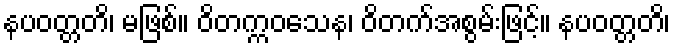
နပဝတ္တတိ၊ မဖြစ်။ ဝိတက္ကဝသေန၊ ဝိတက်အစွမ်းဖြင့်။ နပဝတ္တတိ၊